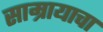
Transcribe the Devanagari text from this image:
साम्रायाचा